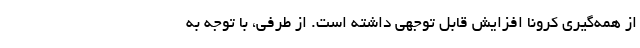
از همه‌گیری کرونا افزایش قابل توجهی داشته است. از طرفی، با توجه به